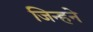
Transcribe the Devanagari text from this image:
जिन्हने